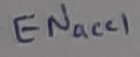
Text: Enacci